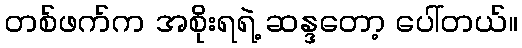
တစ်ဖက်က အစိုးရရဲ့ ဆန္ဒတော့ ပေါ်တယ်။